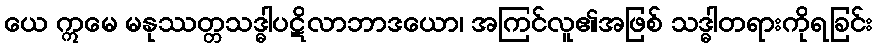
ယေ ဣမေ မနုဿတ္တသဒ္ဓါပဋိလာဘာဒယော၊ အကြင်လူ၏အဖြစ် သဒ္ဓါတရားကိုရခြင်း